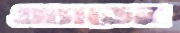
অ্যাডেন